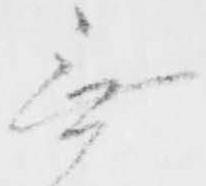
無